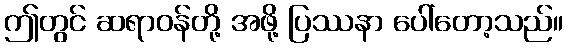
ဤတွင် ဆရာဝန်တို့ အဖို့ ပြဿနာ ပေါ်တော့သည်။